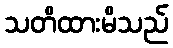
သတိထားမိသည်